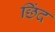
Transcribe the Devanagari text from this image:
छिंद